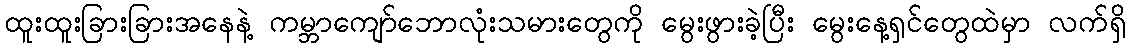
ထူးထူးခြားခြားအနေနဲ့ ကမ္ဘာကျော်ဘောလုံးသမားတွေကို မွေးဖွားခဲ့ပြီး မွေးနေ့ရှင်တွေထဲမှာ လက်ရှိ